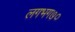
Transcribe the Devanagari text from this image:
लगभग७०